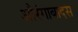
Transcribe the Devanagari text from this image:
औरंगाबादस